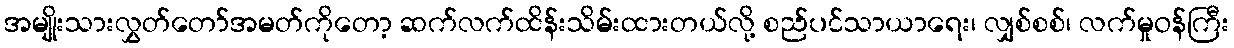
အမျိုးသားလွှတ်တော်အမတ်ကိုတော့ ဆက်လက်ထိန်းသိမ်းထားတယ်လို့ စည်ပင်သာယာရေး၊ လျှစ်စစ်၊ လက်မှုဝန်ကြီး